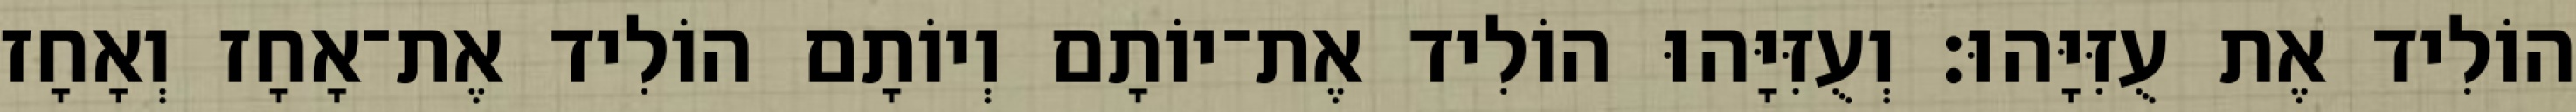
הוֹלִיד אֶת עֻזִּיָּהוּ׃ וְעֻזִּיָּהוּ הוֹלִיד אֶת־יוֹתָם וְיוֹתָם הוֹלִיד אֶת־אָחָז וְאָחָז